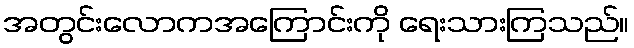
အတွင်းလောကအကြောင်းကို ရေးသားကြသည်။